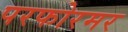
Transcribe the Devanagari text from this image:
परफोरमर